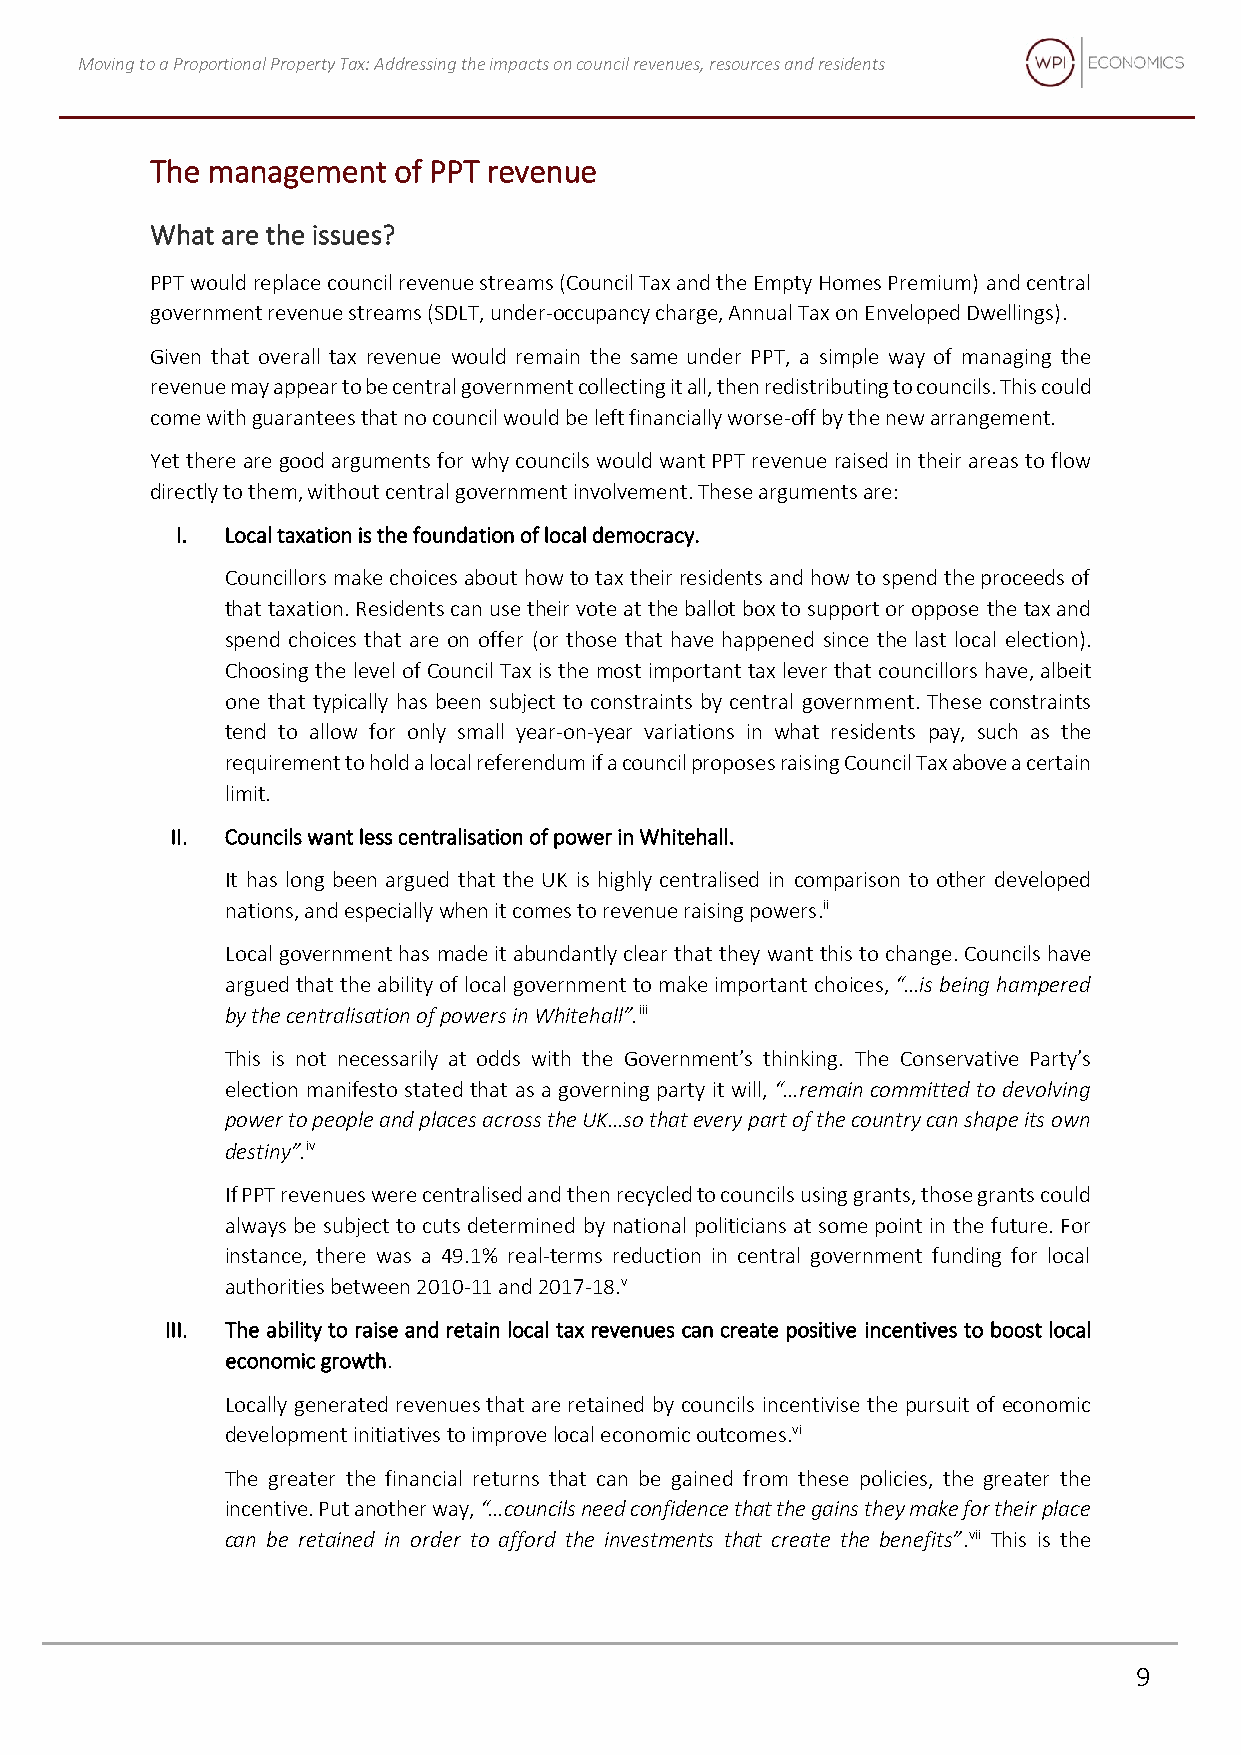
Moving to a Proportional Property Tax: Addressing the impacts on council revenues, resources and residents
 The management  of PPT revenue
 What are the issues?
 PPT would replace council revenue streams (Council Tax and the Empty Homes Premium) and central
 government revenue streams (SDLT, under-occupancy charge, Annual Tax on Enveloped Dwellings).
 Given that overall tax revenue would remain the same under PPT, a simple way of managing the
 revenue may appear to be central government collecting it all, then redistributing to councils. This could
 come with guarantees that no council would be left financially worse-off by the new arrangement.
 Yet there are good arguments for why councils would want PPT revenue raised in their areas to flow
 directly to them, without central government involvement. These arguments are:
 I. Local taxation is the foundation of local democracy.
 Councillors make choices about how to tax their residents and how to spend the proceeds of
 that taxation. Residents can use their vote at the ballot box to support or oppose the tax and
 spend choices that are on offer (or those that have happened since the last local election).
 Choosing the level of Council Tax is the most important tax lever that councillors have, albeit
 one that typically has been subject to constraints by central government. These constraints
 tend to allow for only small year-on-year variations in what residents pay, such as the
 requirement to hold a local referendum if a council proposes raising Council Tax above a certain
 limit.
 II. Councils want less centralisation of power in Whitehall.
 It has long been argued that the UK is highly centralised in comparison to other developed
 nations, and especially when it comes to revenue raising powers.ii
 Local government has made it abundantly clear that they want this to change. Councils have
 argued that the ability of local government to make important choices, “…is being hampered
 by the centralisation of powers in Whitehall”.iii
 This is not necessarily at odds with the Government’s thinking. The Conservative Party’s
 election manifesto stated that as a governing party it will, “…remain committed to devolving
 power to people and places across the UK…so that every part of the country can shape its own
 destiny”.iv
 If PPT revenues were centralised and then recycled to councils using grants, those grants could
 always be subject to cuts determined by national politicians at some point in the future. For
 instance, there was a 49.1% real-terms reduction in central government funding for local
 authorities between 2010-11 and 2017-18.v
 III. The ability to raise and retain local tax revenues can create positive incentives to boost local
 economic growth.
 Locally generated revenues that are retained by councils incentivise the pursuit of economic
 development initiatives to improve local economic outcomes.vi
 The greater the financial returns that can be gained from these policies, the greater the
 incentive. Put another way, “…councils need confidence that the gains they make for their place
 can be retained in order to afford the investments that create the benefits”.vii This is the
 9